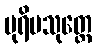
ပုရိမသုတ္တေ